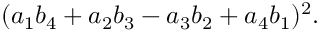
( a _ { 1 } b _ { 4 } + a _ { 2 } b _ { 3 } - a _ { 3 } b _ { 2 } + a _ { 4 } b _ { 1 } ) ^ { 2 } .